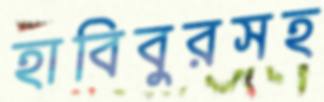
হাবিবুরসহ